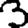
Digit: 3